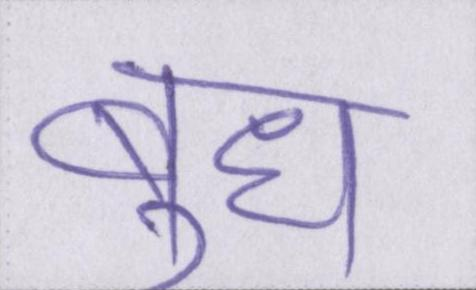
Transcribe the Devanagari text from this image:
बुध